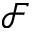
\mathcal { F }